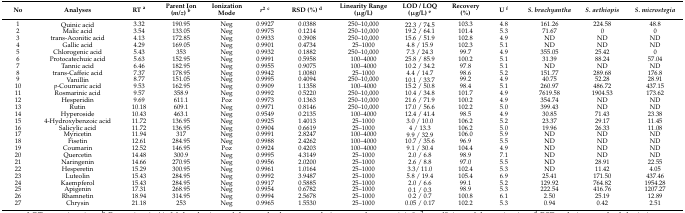
<table><thead><tr><td><b>No</b></td><td><b>Analyses</b></td><td><b>RT <sup>a</sup></b></td><td><b>Parent Ion (<i>m</i>/<i>z</i>) <sup>b</sup></b></td><td><b>Ionization Mode</b></td><td><b><i>r</i><sup>2</sup><sup>c</sup></b></td><td><b>RSD (%) <sup>d</sup></b></td><td><b>Linearity Range (μg/L)</b></td><td><b>LOD / LOQ (μg/L) <sup>e</sup></b></td><td><b>Recovery (%)</b></td><td><b>U <sup>f</sup></b></td><td><b><i>S. brachyantha</i></b></td><td><b><i>S. aethiopis</i></b></td><td><b><i>S. microstegia</i></b></td></tr></thead><tbody><tr><td>1</td><td>Quinic acid</td><td>3.32</td><td>190.95</td><td>Neg</td><td>0.9927</td><td>0.0388</td><td>250–10,000</td><td>22.3 / 74.5</td><td>103.3</td><td>4.8</td><td>161.26</td><td>224.58</td><td>48.8</td></tr><tr><td>2</td><td>Malic acid</td><td>3.54</td><td>133.05</td><td>Neg</td><td>0.9975</td><td>0.1214</td><td>250–10,000</td><td>19.2 / 64.1</td><td>101.4</td><td>5.3</td><td>71.67</td><td>0</td><td>0</td></tr><tr><td>3</td><td>trans-Aconitic acid</td><td>4.13</td><td>172.85</td><td>Neg</td><td>0.9933</td><td>0.3908</td><td>250–10,000</td><td>15.6 / 51.9</td><td>102.8</td><td>4.9</td><td>ND</td><td>ND</td><td>ND</td></tr><tr><td>4</td><td>Gallic acid</td><td>4.29</td><td>169.05</td><td>Neg</td><td>0.9901</td><td>0.4734</td><td>25–1000</td><td>4.8 / 15.9</td><td>102.3</td><td>5.1</td><td>ND</td><td>ND</td><td>ND</td></tr><tr><td>5</td><td>Chlorogenic acid</td><td>5.43</td><td>353</td><td>Neg</td><td>0.9932</td><td>0.1882</td><td>250–10,000</td><td>7.3 / 24.3</td><td>99.7</td><td>4.9</td><td>355.05</td><td>25.42</td><td>0</td></tr><tr><td>6</td><td>Protocatechuic acid</td><td>5.63</td><td>152.95</td><td>Neg</td><td>0.9991</td><td>0.5958</td><td>100–4000</td><td>25.8 / 85.9</td><td>100.2</td><td>5.1</td><td>31.39</td><td>88.24</td><td>57.04</td></tr><tr><td>7</td><td>Tannic acid</td><td>6.46</td><td>182.95</td><td>Neg</td><td>0.9955</td><td>0.9075</td><td>100–4000</td><td>10.2 / 34.2</td><td>97.8</td><td>5.1</td><td>ND</td><td>ND</td><td>ND</td></tr><tr><td>8</td><td>trans-Caffeic acid</td><td>7.37</td><td>178.95</td><td>Neg</td><td>0.9942</td><td>1.0080</td><td>25–1000</td><td>4.4 / 14.7</td><td>98.6</td><td>5.2</td><td>151.77</td><td>289.68</td><td>176.8</td></tr><tr><td>9</td><td>Vanillin</td><td>8.77</td><td>151.05</td><td>Neg</td><td>0.9995</td><td>0.4094</td><td>250–10,000</td><td>10.1 / 33.7</td><td>99.2</td><td>4.9</td><td>40.75</td><td>52.28</td><td>28.91</td></tr><tr><td>10</td><td><i>p</i>-Coumaric acid</td><td>9.53</td><td>162.95</td><td>Neg</td><td>0.9909</td><td>1.1358</td><td>100–4000</td><td>15.2 / 50.8</td><td>98.4</td><td>5.1</td><td>260.97</td><td>486.72</td><td>437.15</td></tr><tr><td>11</td><td>Rosmarinic acid</td><td>9.57</td><td>358.9</td><td>Neg</td><td>0.9992</td><td>0.5220</td><td>250–10,000</td><td>10.4 / 34.8</td><td>101.7</td><td>4.9</td><td>7619.58</td><td>1904.53</td><td>173.62</td></tr><tr><td>12</td><td>Hesperidin</td><td>9.69</td><td>611.1</td><td>Poz</td><td>0.9973</td><td>0.1363</td><td>250–10,000</td><td>21.6 / 71.9</td><td>100.2</td><td>4.9</td><td>354.74</td><td>ND</td><td>ND</td></tr><tr><td>13</td><td>Rutin</td><td>10.18</td><td>609.1</td><td>Neg</td><td>0.9971</td><td>0.8146</td><td>250–10,000</td><td>17.0 / 56.6</td><td>102.2</td><td>5.0</td><td>399.43</td><td>ND</td><td>ND</td></tr><tr><td>14</td><td>Hyperoside</td><td>10.43</td><td>463.1</td><td>Neg</td><td>0.9549</td><td>0.2135</td><td>100–4000</td><td>12.4 / 41.4</td><td>98.5</td><td>4.9</td><td>30.85</td><td>71.43</td><td>23.38</td></tr><tr><td>15</td><td>4-Hydroxybenzoic acid</td><td>11.72</td><td>136.95</td><td>Neg</td><td>0.9925</td><td>1.4013</td><td>25–1000</td><td>3.0 / 10.0</td><td>106.2</td><td>5.2</td><td>23.37</td><td>29.17</td><td>11.45</td></tr><tr><td>16</td><td>Salicylic acid</td><td>11.72</td><td>136.95</td><td>Neg</td><td>0.9904</td><td>0.6619</td><td>25–1000</td><td>4 / 13.3</td><td>106.2</td><td>5.0</td><td>19.96</td><td>26.33</td><td>11.08</td></tr><tr><td>17</td><td>Myricetin</td><td>11.94</td><td>317</td><td>Neg</td><td>0.9991</td><td>2.8247</td><td>100–4000</td><td>9.9 / 32.9</td><td>106.0</td><td>5.9</td><td>ND</td><td>ND</td><td>ND</td></tr><tr><td>18</td><td>Fisetin</td><td>12.61</td><td>284.95</td><td>Neg</td><td>0.9988</td><td>2.4262</td><td>100–4000</td><td>10.7 / 35.6</td><td>96.9</td><td>5.5</td><td>ND</td><td>ND</td><td>ND</td></tr><tr><td>19</td><td>Coumarin</td><td>12.52</td><td>146.95</td><td>Poz</td><td>0.9924</td><td>0.4203</td><td>100–4000</td><td>9.1 / 30.4</td><td>104.4</td><td>4.9</td><td>ND</td><td>ND</td><td>ND</td></tr><tr><td>20</td><td>Quercetin</td><td>14.48</td><td>300.9</td><td>Neg</td><td>0.9995</td><td>4.3149</td><td>25–1000</td><td>2.0 / 6.8</td><td>98.9</td><td>7.1</td><td>ND</td><td>ND</td><td>ND</td></tr><tr><td>21</td><td>Naringenin</td><td>14.66</td><td>270.95</td><td>Neg</td><td>0.9956</td><td>2.0200</td><td>25–1000</td><td>2.6 / 8.8</td><td>97.0</td><td>5.5</td><td>ND</td><td>28.91</td><td>22.55</td></tr><tr><td>22</td><td>Hesperetin</td><td>15.29</td><td>300.95</td><td>Neg</td><td>0.9961</td><td>1.0164</td><td>25–1000</td><td>3.3/ 11.0</td><td>102.4</td><td>5.3</td><td>ND</td><td>11.42</td><td>4.05</td></tr><tr><td>23</td><td>Luteolin</td><td>15.43</td><td>284.95</td><td>Neg</td><td>0.9992</td><td>3.9487</td><td>25–1000</td><td>5.8 / 19.4</td><td>105.4</td><td>6.9</td><td>25.41</td><td>171.50</td><td>437.46</td></tr><tr><td>24</td><td>Kaempferol</td><td>15.43</td><td>284.95</td><td>Neg</td><td>0.9917</td><td>0.5885</td><td>25–1000</td><td>2.0 / 6.6</td><td>99.1</td><td>5.2</td><td>129.92</td><td>764.82</td><td>1954.28</td></tr><tr><td>25</td><td>Apigenin</td><td>17.31</td><td>268.95</td><td>Neg</td><td>0.9954</td><td>0.6782</td><td>25–1000</td><td>0.1 / 0.3</td><td>98.9</td><td>5.3</td><td>222.54</td><td>416.76</td><td>1207.27</td></tr><tr><td>26</td><td>Rhamnetin</td><td>18.94</td><td>314.95</td><td>Neg</td><td>0.9994</td><td>2.5678</td><td>25–1000</td><td>0.2 / 0.7</td><td>100.8</td><td>6.1</td><td>2.50</td><td>25.19</td><td>12.89</td></tr><tr><td>27</td><td>Chrysin</td><td>21.18</td><td>253</td><td>Neg</td><td>0.9965</td><td>1.5530</td><td>25–1000</td><td>0.05 / 0.17</td><td>102.2</td><td>5.3</td><td>0.94</td><td>0.42</td><td>2.51</td></tr></tbody></table>